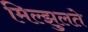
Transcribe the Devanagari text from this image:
मिल्झुलते